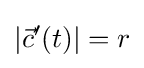
|{\vec {c}}'(t)|=r